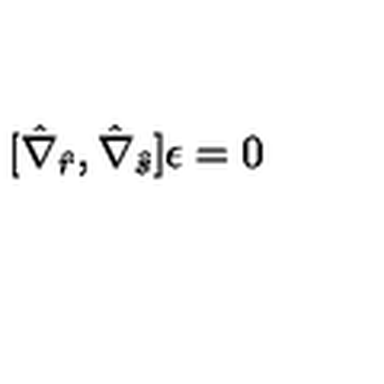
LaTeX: [ \hat { \nabla } _ { \hat { r } } , \hat { \nabla } _ { \hat { s } } ] \epsilon = 0